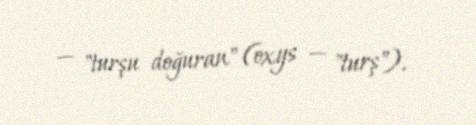
— "turşu doğuran" (oxys — "turş").